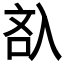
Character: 𠓬